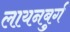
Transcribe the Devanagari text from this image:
लायनबुर्ग